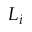
L _ { i }